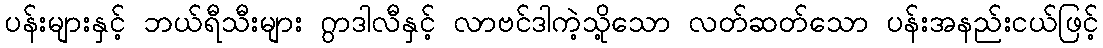
ပန်းများနှင့် ဘယ်ရီသီးများ ဂွာဒါလီနှင့် လာဗင်ဒါကဲ့သို့သော လတ်ဆတ်သော ပန်းအနည်းငယ်ဖြင့်